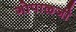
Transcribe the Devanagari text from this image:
गोपाळजी